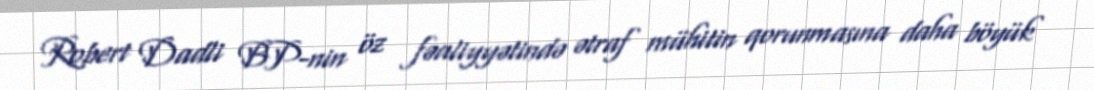
Robert Dadli BP-nin öz fəaliyyətində ətraf mühitin qorunmasına daha böyük